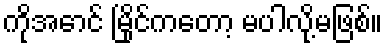
ကိုအောင် မြိုင်ကတော့ မပါလို့မဖြစ်။